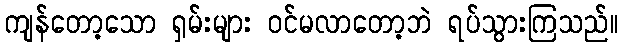
ကျန်တော့သော ရှမ်းများ ဝင်မလာတော့ဘဲ ရပ်သွားကြသည်။